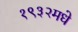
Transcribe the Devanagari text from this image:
१९३२मधे